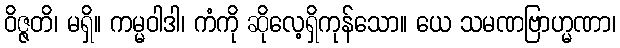
ဝိဇ္ဇတိ၊ မရှိ။ ကမ္မဝါဒါ၊ ကံကို ဆိုလေ့ရှိကုန်သော။ ယေ သမဏဗြာဟ္မဏာ၊